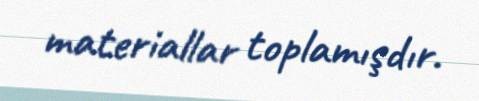
materiallar toplamışdır.